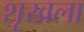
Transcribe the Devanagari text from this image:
शृखला